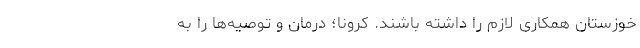
خوزستان همکاری لازم را داشته باشند. کرونا؛ درمان و توصیه‌ها را به